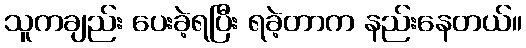
သူကချည်း ပေးခဲ့ရပြီး ရခဲ့တာက နည်းနေတယ်။